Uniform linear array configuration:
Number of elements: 32
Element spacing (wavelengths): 1
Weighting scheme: cosine
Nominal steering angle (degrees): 15
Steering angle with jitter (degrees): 16.812
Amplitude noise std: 0.05
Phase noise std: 0.05

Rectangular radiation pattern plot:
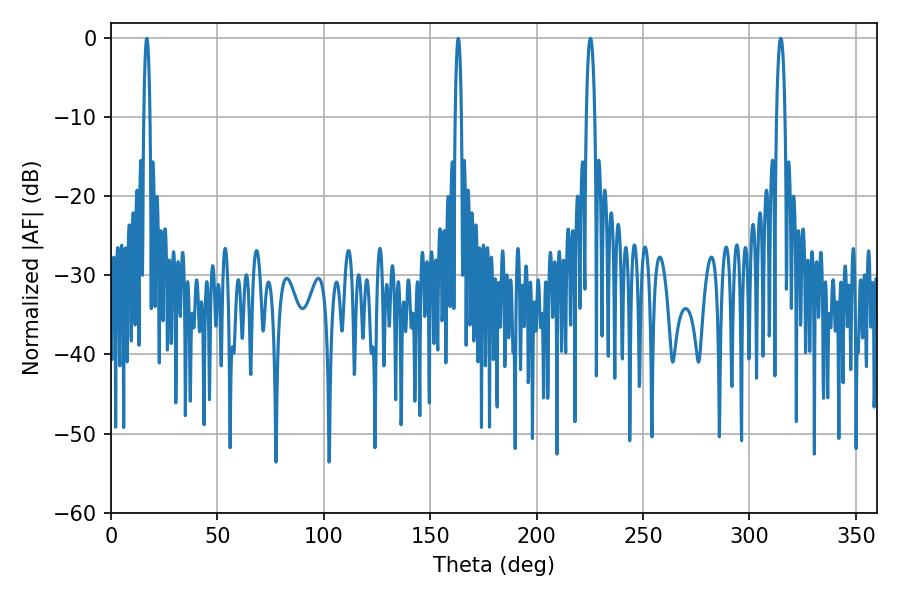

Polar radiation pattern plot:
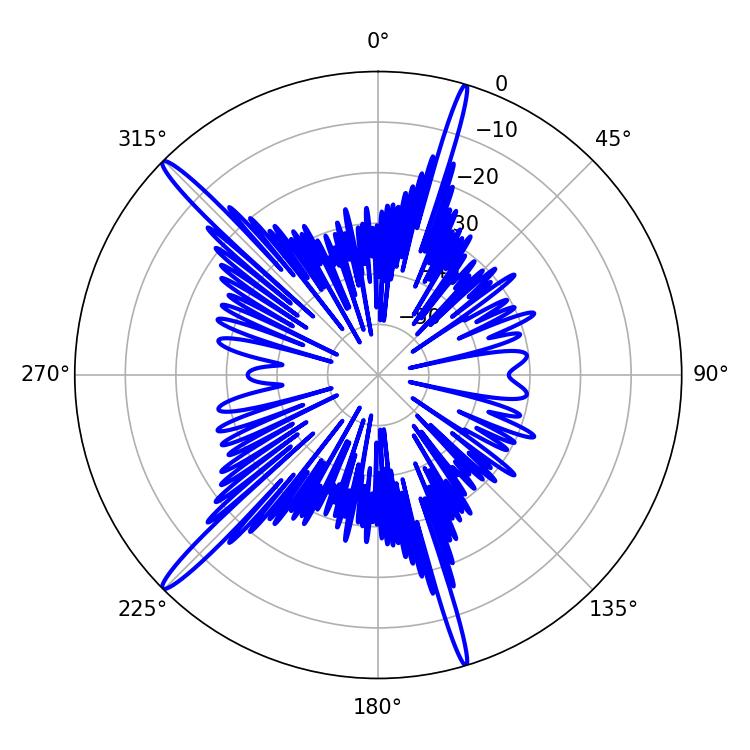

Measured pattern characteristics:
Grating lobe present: TRUE
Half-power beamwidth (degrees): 2.16
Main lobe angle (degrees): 225.36